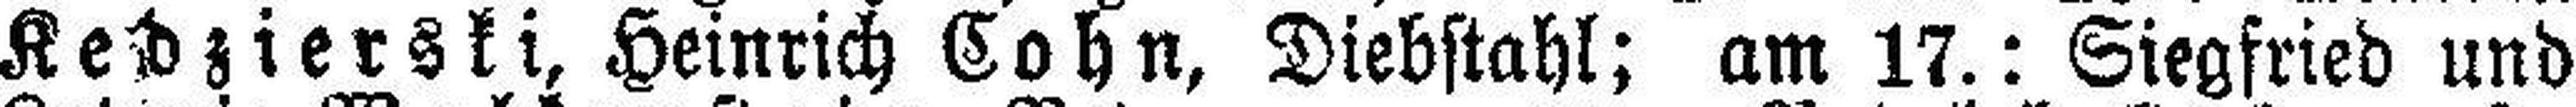
Kedzierski, Heinrich Cohn, Diebstahl; am 17.: Siegfried und